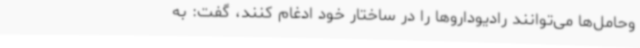
وحامل‌ها می‌توانند رادیوداروها را در ساختار خود ادغام کنند، گفت: به